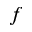
f